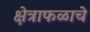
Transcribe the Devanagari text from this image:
क्षेत्राफळाचे